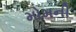
મોમની